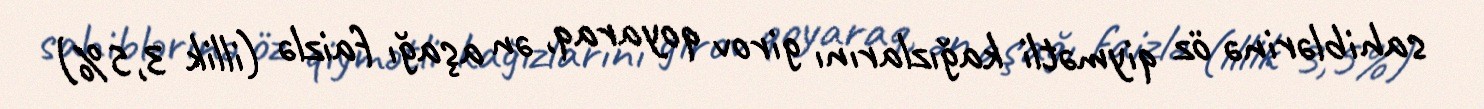
sahiblərinə öz qiymətli kağızlarını girov qoyaraq, ən aşağı faizlə (illik 3,5%)